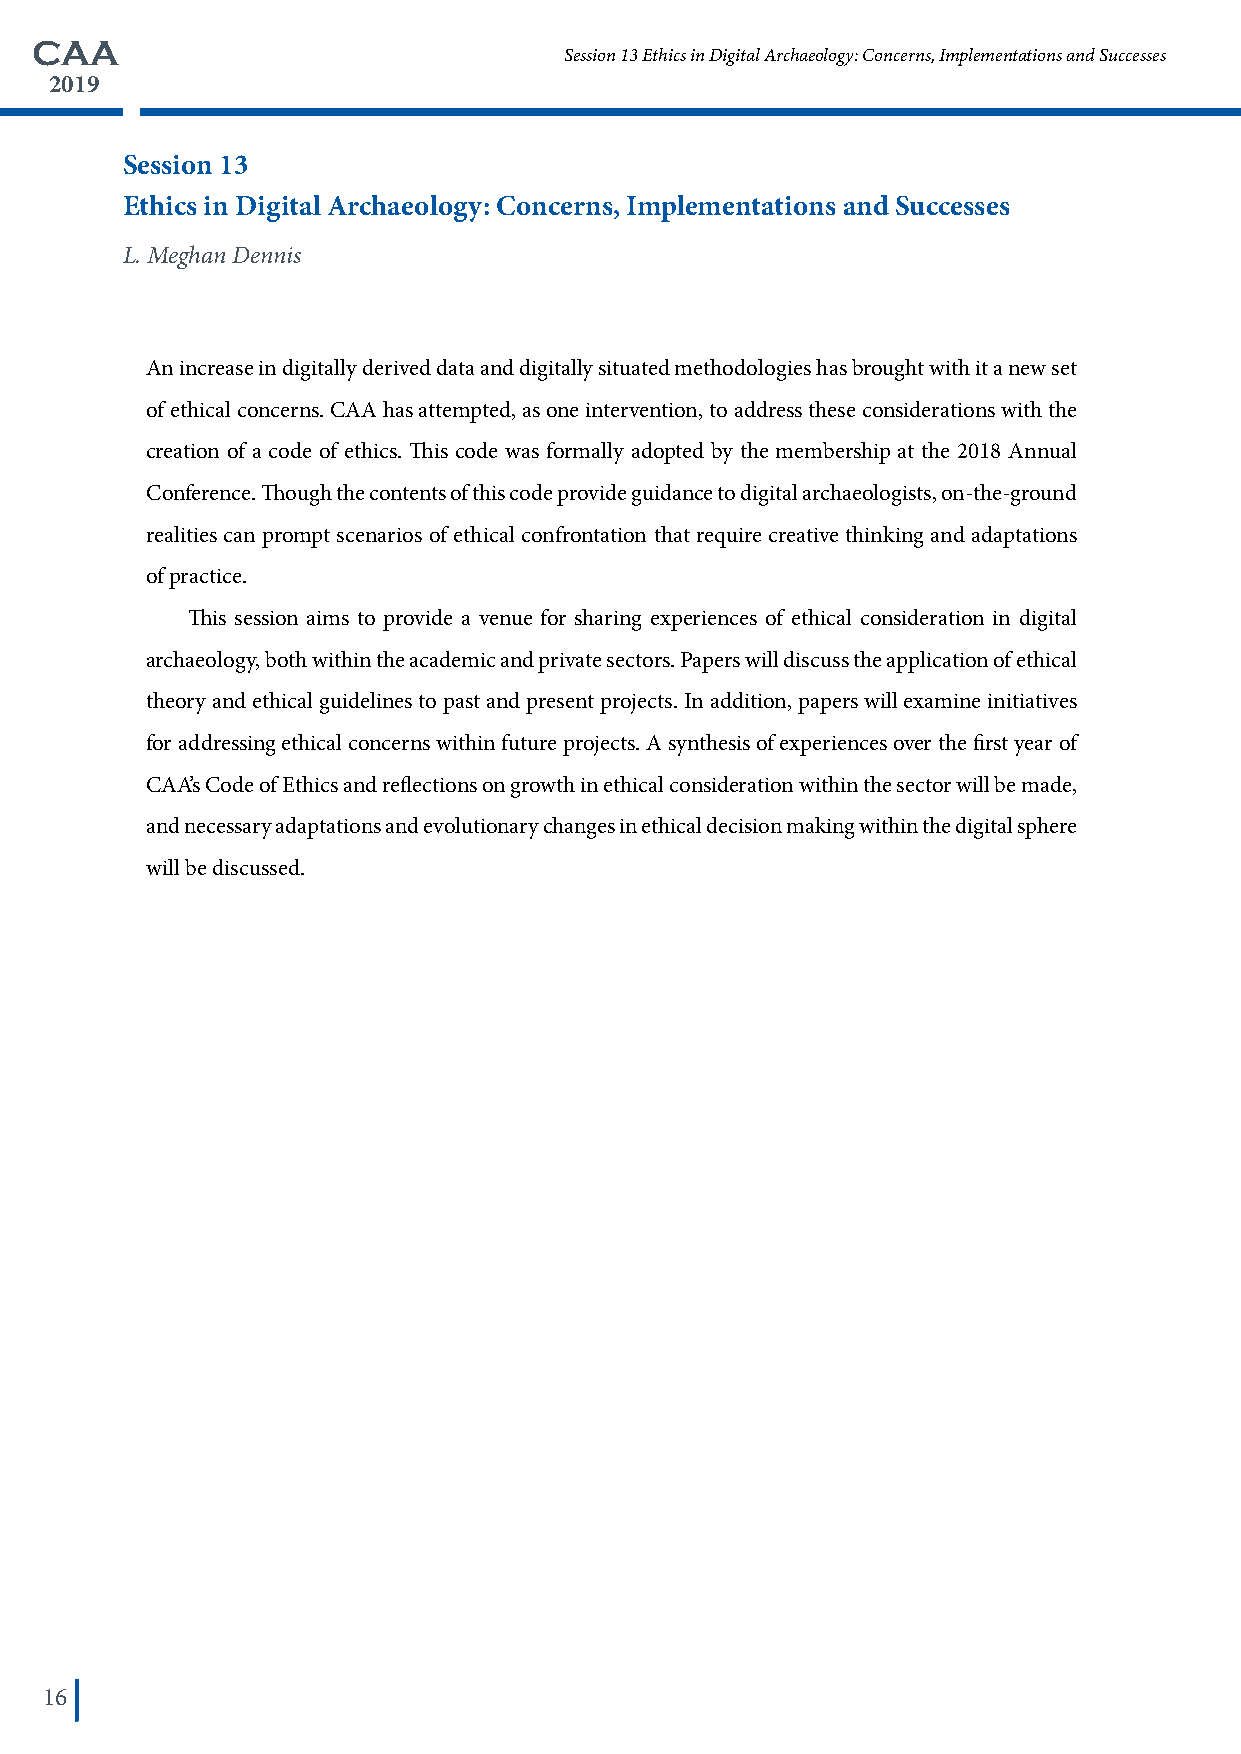
CAA
 Session 13 Ethics in Digital Archaeology: Concerns, Implementations and Successes
 2019
 Session 13
 Ethics in Digital Archaeology: Concerns, Implementations and Successes
 L. Meghan Dennis
 An increase in digitally derived data and digitally situated methodologies has brought with it a new set
 of ethical concerns. CAA has attempted, as one intervention, to address these considerations with the
 creation of a code of ethics. This code was formally adopted by the membership at the 2018 Annual
 Conference. Though the contents of this code provide guidance to digital archaeologists, on-the-ground
 realities can prompt scenarios of ethical confrontation that require creative thinking and adaptations
 of practice.
 This session aims to provide a venue for sharing experiences of ethical consideration in digital
 archaeology, both within the academic and private sectors. Papers will discuss the application of ethical
 theory and ethical guidelines to past and present projects. In addition, papers will examine initiatives
 for addressing ethical concerns within future projects. A synthesis of experiences over the first year of
 CAA’s Code of Ethics and reflections on growth in ethical consideration within the sector will be made,
 and necessary adaptations and evolutionary changes in ethical decision making within the digital sphere
 will be discussed.
 16